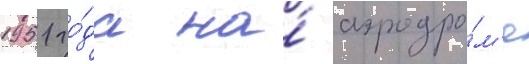
1951 го́да на́ аэродро́м'е